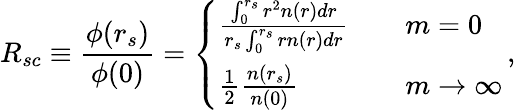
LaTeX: R_{sc}\equiv\frac{\phi(r_{s})}{\phi(0)}=\left\{ \begin{array}{ll}{\frac{\int_{0}^{r_{s}}r^{2}n(r)dr}{r_{s}\int_{0}^{r_{s}}rn(r)dr}\quad}&{m=0}\\ {\frac 12\frac{n(r_{s})}{n(0)}}&{m\to\infty}\end{array}\right.\, ,